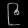
Digit: ၉